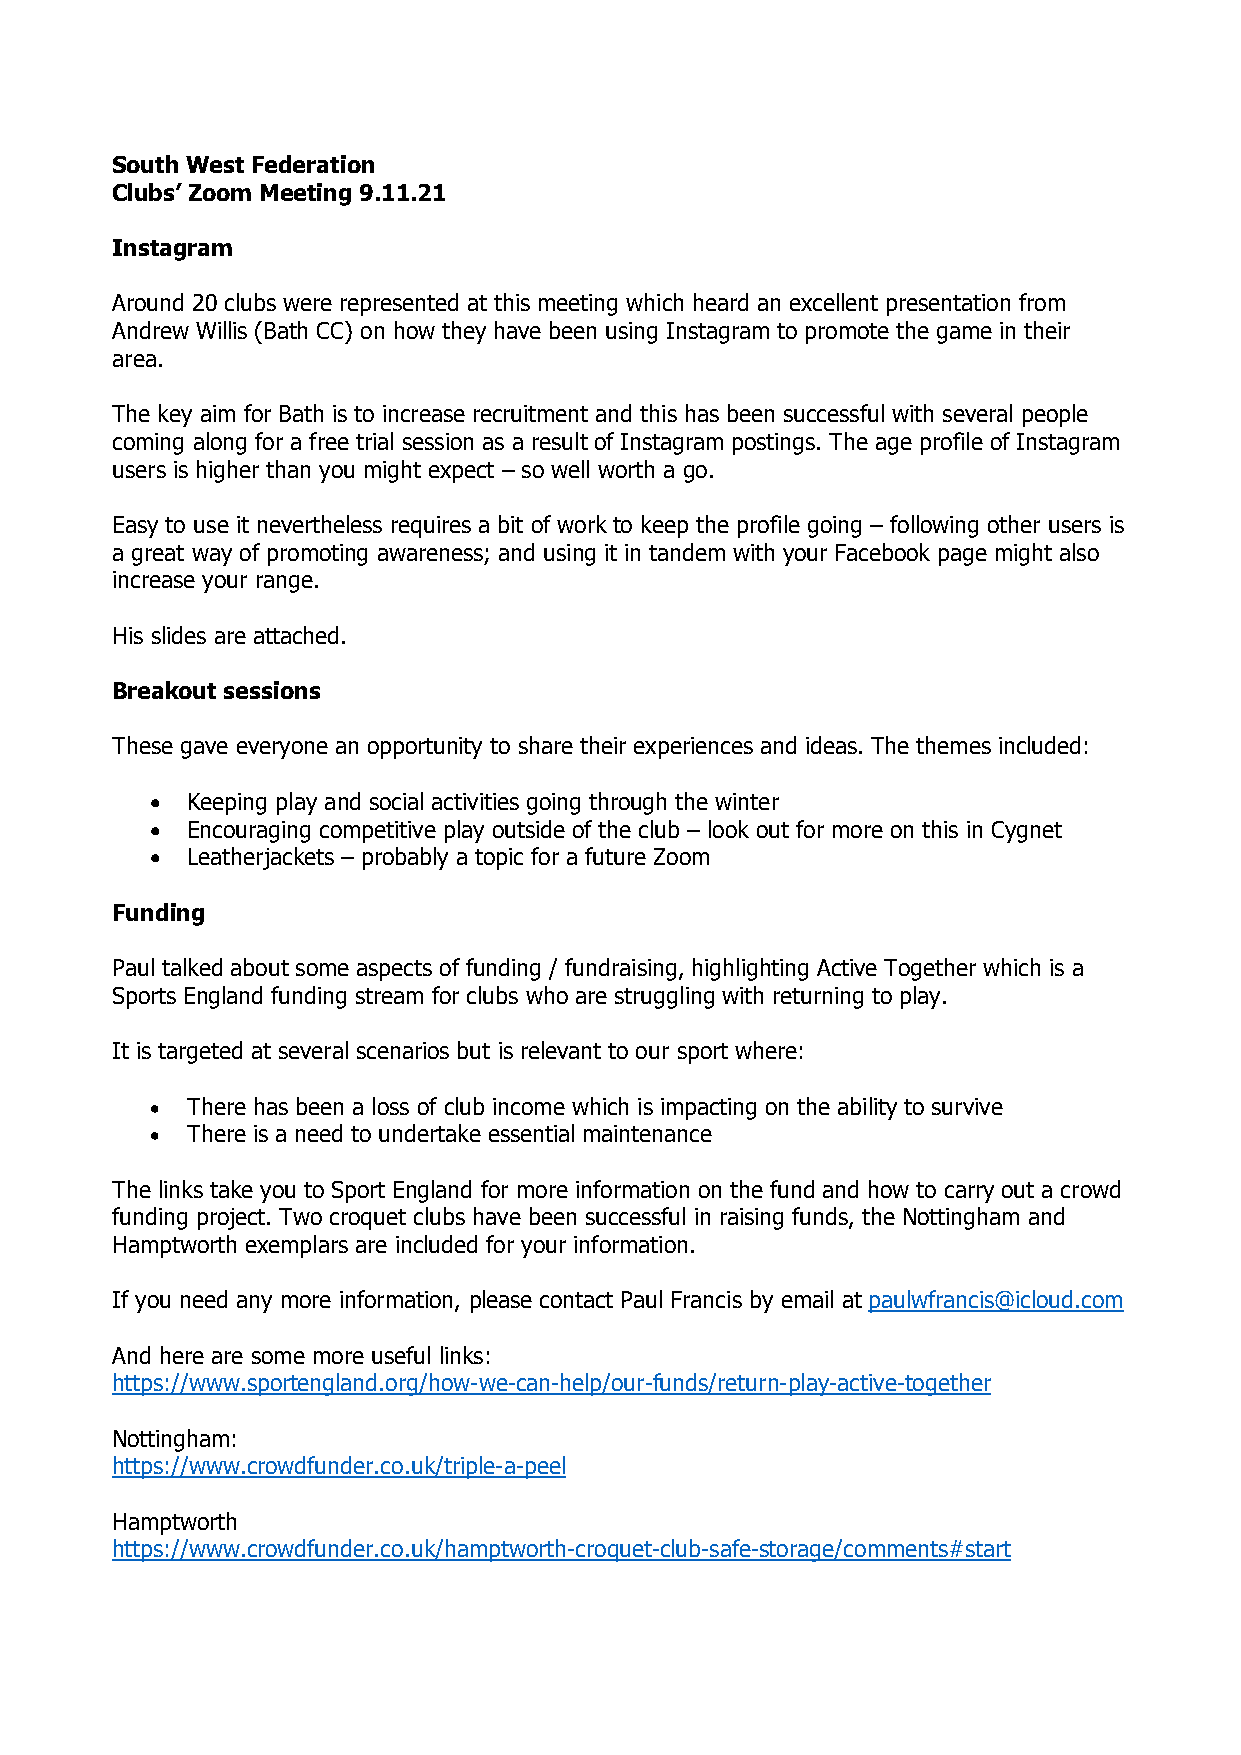
South West Federation
 Clubs’ Zoom Meeting 9.11.21
 Instagram
 Around 20 clubs were represented at this meeting which heard an excellent presentation from
 Andrew Willis (Bath CC) on how they have been using Instagram to promote the game in their
 area.
 The key aim for Bath is to increase recruitment and this has been successful with several people
 coming along for a free trial session as a result of Instagram postings. The age profile of Instagram
 users is higher than you might expect – so well worth a go.
 Easy to use it nevertheless requires a bit of work to keep the profile going – following other users is
 a great way of promoting awareness; and using it in tandem with your Facebook page might also
 increase your range.
 His slides are attached.
 Breakout sessions
 These gave everyone an opportunity to share their experiences and ideas. The themes included:
 • Keeping play and social activities going through the winter
 • Encouraging competitive play outside of the club – look out for more on this in Cygnet
 • Leatherjackets – probably a topic for a future Zoom
 Funding
 Paul talked about some aspects of funding / fundraising, highlighting Active Together which is a
 Sports England funding stream for clubs who are struggling with returning to play.
 It is targeted at several scenarios but is relevant to our sport where:
 • There has been a loss of club income which is impacting on the ability to survive
 • There is a need to undertake essential maintenance
 The links take you to Sport England for more information on the fund and how to carry out a crowd
 funding project. Two croquet clubs have been successful in raising funds, the Nottingham and
 Hamptworth exemplars are included for your information.
 If you need any more information, please contact Paul Francis by email at paulwfrancis@icloud.com
 And here are some more useful links:
 https://www.sportengland.org/how-we-can-help/our-funds/return-play-active-together
 Nottingham:
 https://www.crowdfunder.co.uk/triple-a-peel
 Hamptworth
 https://www.crowdfunder.co.uk/hamptworth-croquet-club-safe-storage/comments#start